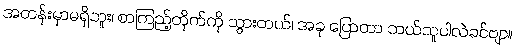
အတန်းမှာမရှိဘူး၊ စာကြည့်တိုက်ကို သွားတယ်၊ အခု ပြောတာ ဘယ်သူပါလဲခင်ဗျာ။